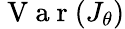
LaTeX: \mathrm{~V~a~r~}(J_{\theta})